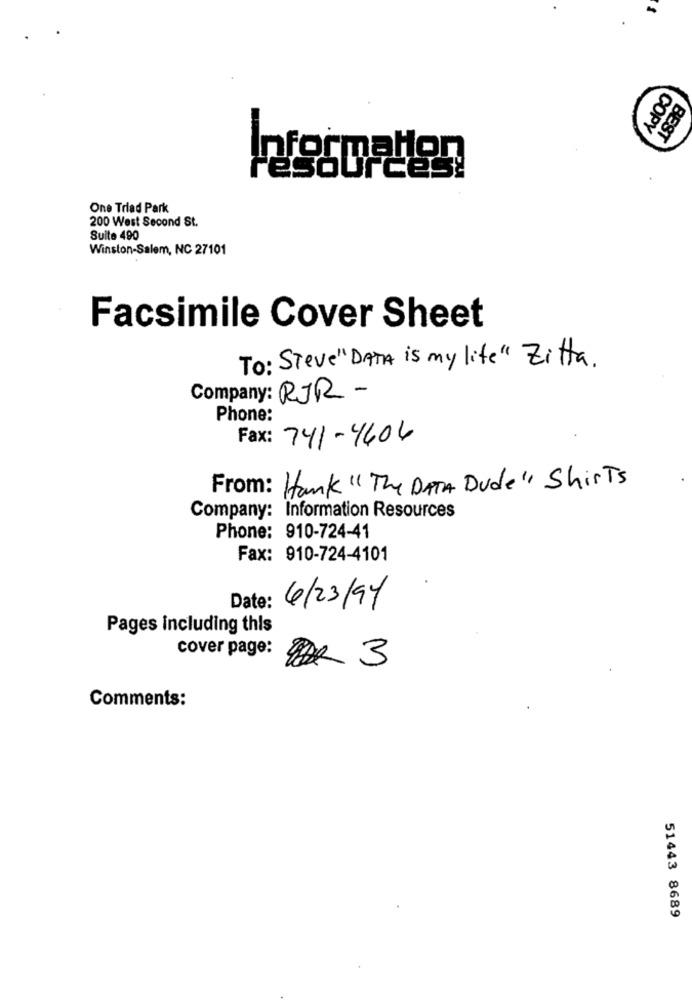
COPY
BEST
Information
resources!
One Triad Park
200 West Second St.
Suite 490
Winston-Salem, NC 27101
Facsimile Cover Sheet
To: Steve"DATA is my life" Zitta.
Company: RJR -
Phone:
Fax: 741-4404
From: Hank "The DATA Dude" Shirts
Company: Information Resources
Phone: 910-724-41
Fax: 910-724-4101
Date:
4/23/94
Pages including this
cover page:
3
Comments:
51443 8689